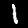
Digit: 1